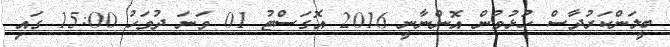
ބީލަންކަރުދާސް ހުޅުވުން އޮންނާނީ 2016 އޮގަސްޓު 01 ވަނަ ދުވަހު 15:00 ގައި